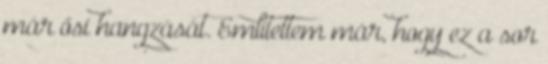
már ősi hangzását. Említettem már, hogy ez a sor